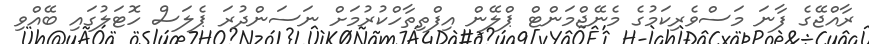
ރާއްޖޭގެ ފާނަ މަސްވެރިކަމުގެ މެނޭޖްމަންޓް ޕްލޭން އިފްތިތާހްކުރުމަށް ނަސަންދުރަ ޕެލަސް ހޮޓަލުގައި ބޭއްވި